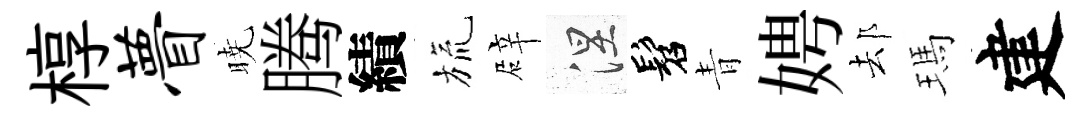
椁瞢暁腾績旒辟涅髫青娉𨚫瑪建